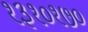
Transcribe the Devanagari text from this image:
१३१०१७०